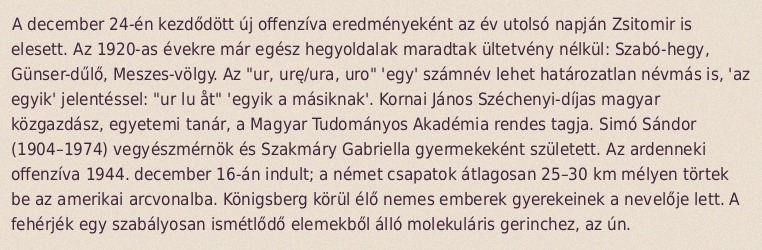
A december 24-én kezdődött új offenzíva eredményeként az év utolsó napján Zsitomir is elesett. Az 1920-as évekre már egész hegyoldalak maradtak ültetvény nélkül: Szabó-hegy, Günser-dűlő, Meszes-völgy. Az "ur, urę/ura, uro" 'egy' számnév lehet határozatlan névmás is, 'az egyik' jelentéssel: "ur lu åt" 'egyik a másiknak'. Kornai János Széchenyi-díjas magyar közgazdász, egyetemi tanár, a Magyar Tudományos Akadémia rendes tagja. Simó Sándor (1904–1974) vegyészmérnök és Szakmáry Gabriella gyermekeként született. Az ardenneki offenzíva 1944. december 16-án indult; a német csapatok átlagosan 25–30 km mélyen törtek be az amerikai arcvonalba. Königsberg körül élő nemes emberek gyerekeinek a nevelője lett. A fehérjék egy szabályosan ismétlődő elemekből álló molekuláris gerinchez, az ún.